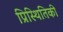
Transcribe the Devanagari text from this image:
प्रिस्थितिकी